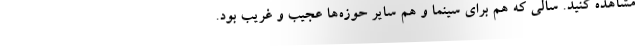
مشاهده کنید. سالی که هم برای سینما و هم سایر حوزه‌ها عجیب و غریب بود.